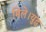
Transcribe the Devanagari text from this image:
मिले।युद्ध